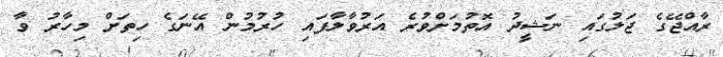
ރާއްޖޭގެ ޖަލުގައި ނަޝީދު އޮތުމަށްވުރެ އަރުވާލާފައި ހުރުމުން އޭނަގެ ހިތަށް މިހާރު ވާ